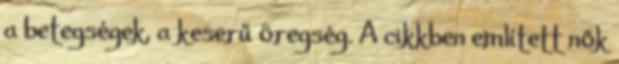
a betegségek, a keserű öregség. A cikkben említett nők